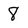
Character: 8